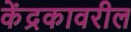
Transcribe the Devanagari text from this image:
केंद्रकावरील